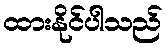
ထားနိုင်ပါသည်